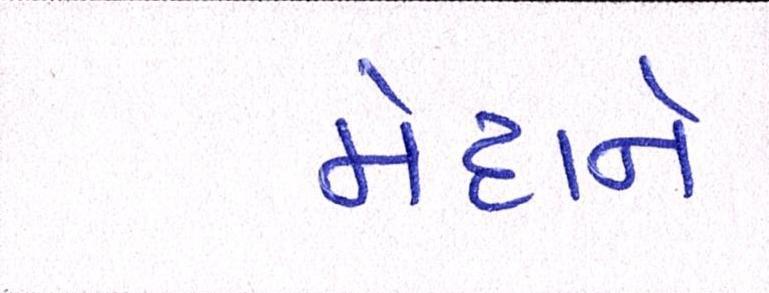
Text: મેદાને